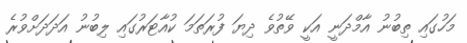
މަހުގައި ތިބުނު އާމްދަނީ އަކީ ވޭތުވެ ދިޔަ ފުރަތަމަ ކުއާޓަރުގައި ލިބުނު އަދަދަށްވުރެ